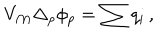
V _ { \cal M } \Delta _ { p } \phi _ { p } = \sum q _ { i } \, ,